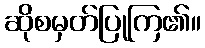
ဆိုစမှတ်ပြုကြ၏။